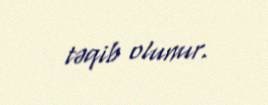
təqib olunur.